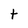
Character: t